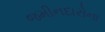
જમીનદારોના